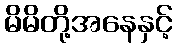
မိမိတို့အနေနှင့်